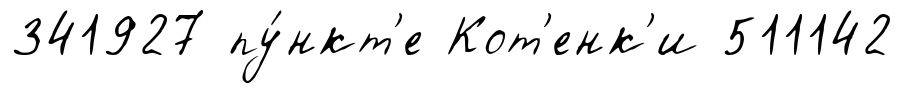
341927 пу́нкт'е Кот'енк'и 511142